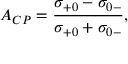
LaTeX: A _ { C P } = \frac { \sigma _ { + 0 } - \sigma _ { 0 - } } { \sigma _ { + 0 } + \sigma _ { 0 - } } ,